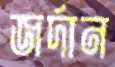
জর্দান